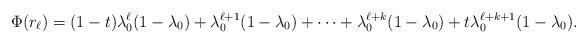
LaTeX: \begin{align*}\Phi(r_\ell) = (1-t) \lambda_0^\ell(1-\lambda_0) + \lambda_0^{\ell+1}(1-\lambda_0) + \cdots + \lambda_0^{\ell+k}(1-\lambda_0) + t \lambda_0^{\ell+k+1}(1-\lambda_0).\end{align*}